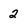
Character: 2